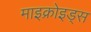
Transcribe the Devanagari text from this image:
माइक्रोइड्स